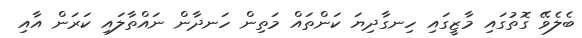
ބެލެވޭ ގޮތުގައި މާޒީގައި ހިނގާދިޔަ ކަންތައް މަތިން ހަނދާން ނައްތާލައި ކަރަން އާއި